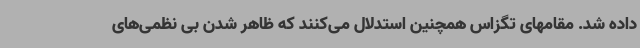
داده شد. مقامهای تگزاس همچنین استدلال می‌کنند که ظاهر شدن بی نظمی‌های